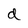
Character: d